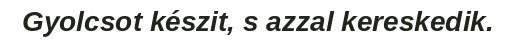
Gyolcsot készit, s azzal kereskedik.